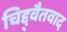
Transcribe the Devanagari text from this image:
चिद्द्वैतवाद